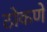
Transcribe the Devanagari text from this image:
ठोकणे